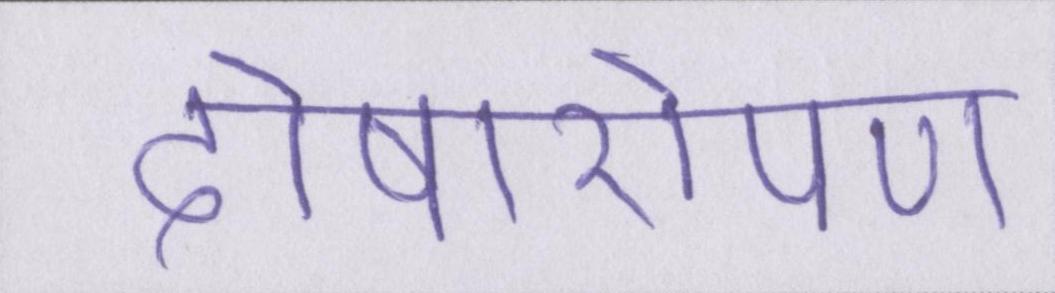
दोषारोपण